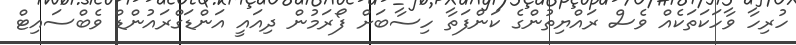
ހުރިހާ ވާހަކަތަކެއް ވެސް ރައްޔިތުންގެ ކަންފަތާ ހިސާބަށް ފޯރަމުން ދިއައީ އަންޑަގްރައުންޑް ވެބްސައިޓް